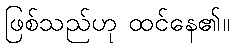
ဖြစ်သည်ဟု ထင်နေ၏။